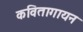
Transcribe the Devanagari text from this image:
कवितागायन